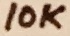
Text: 10K